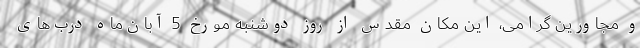
و مجاورین گرامی، این مکان مقدّس از روز دوشنبه مورخ 5 آبان‌ماه درب‌های